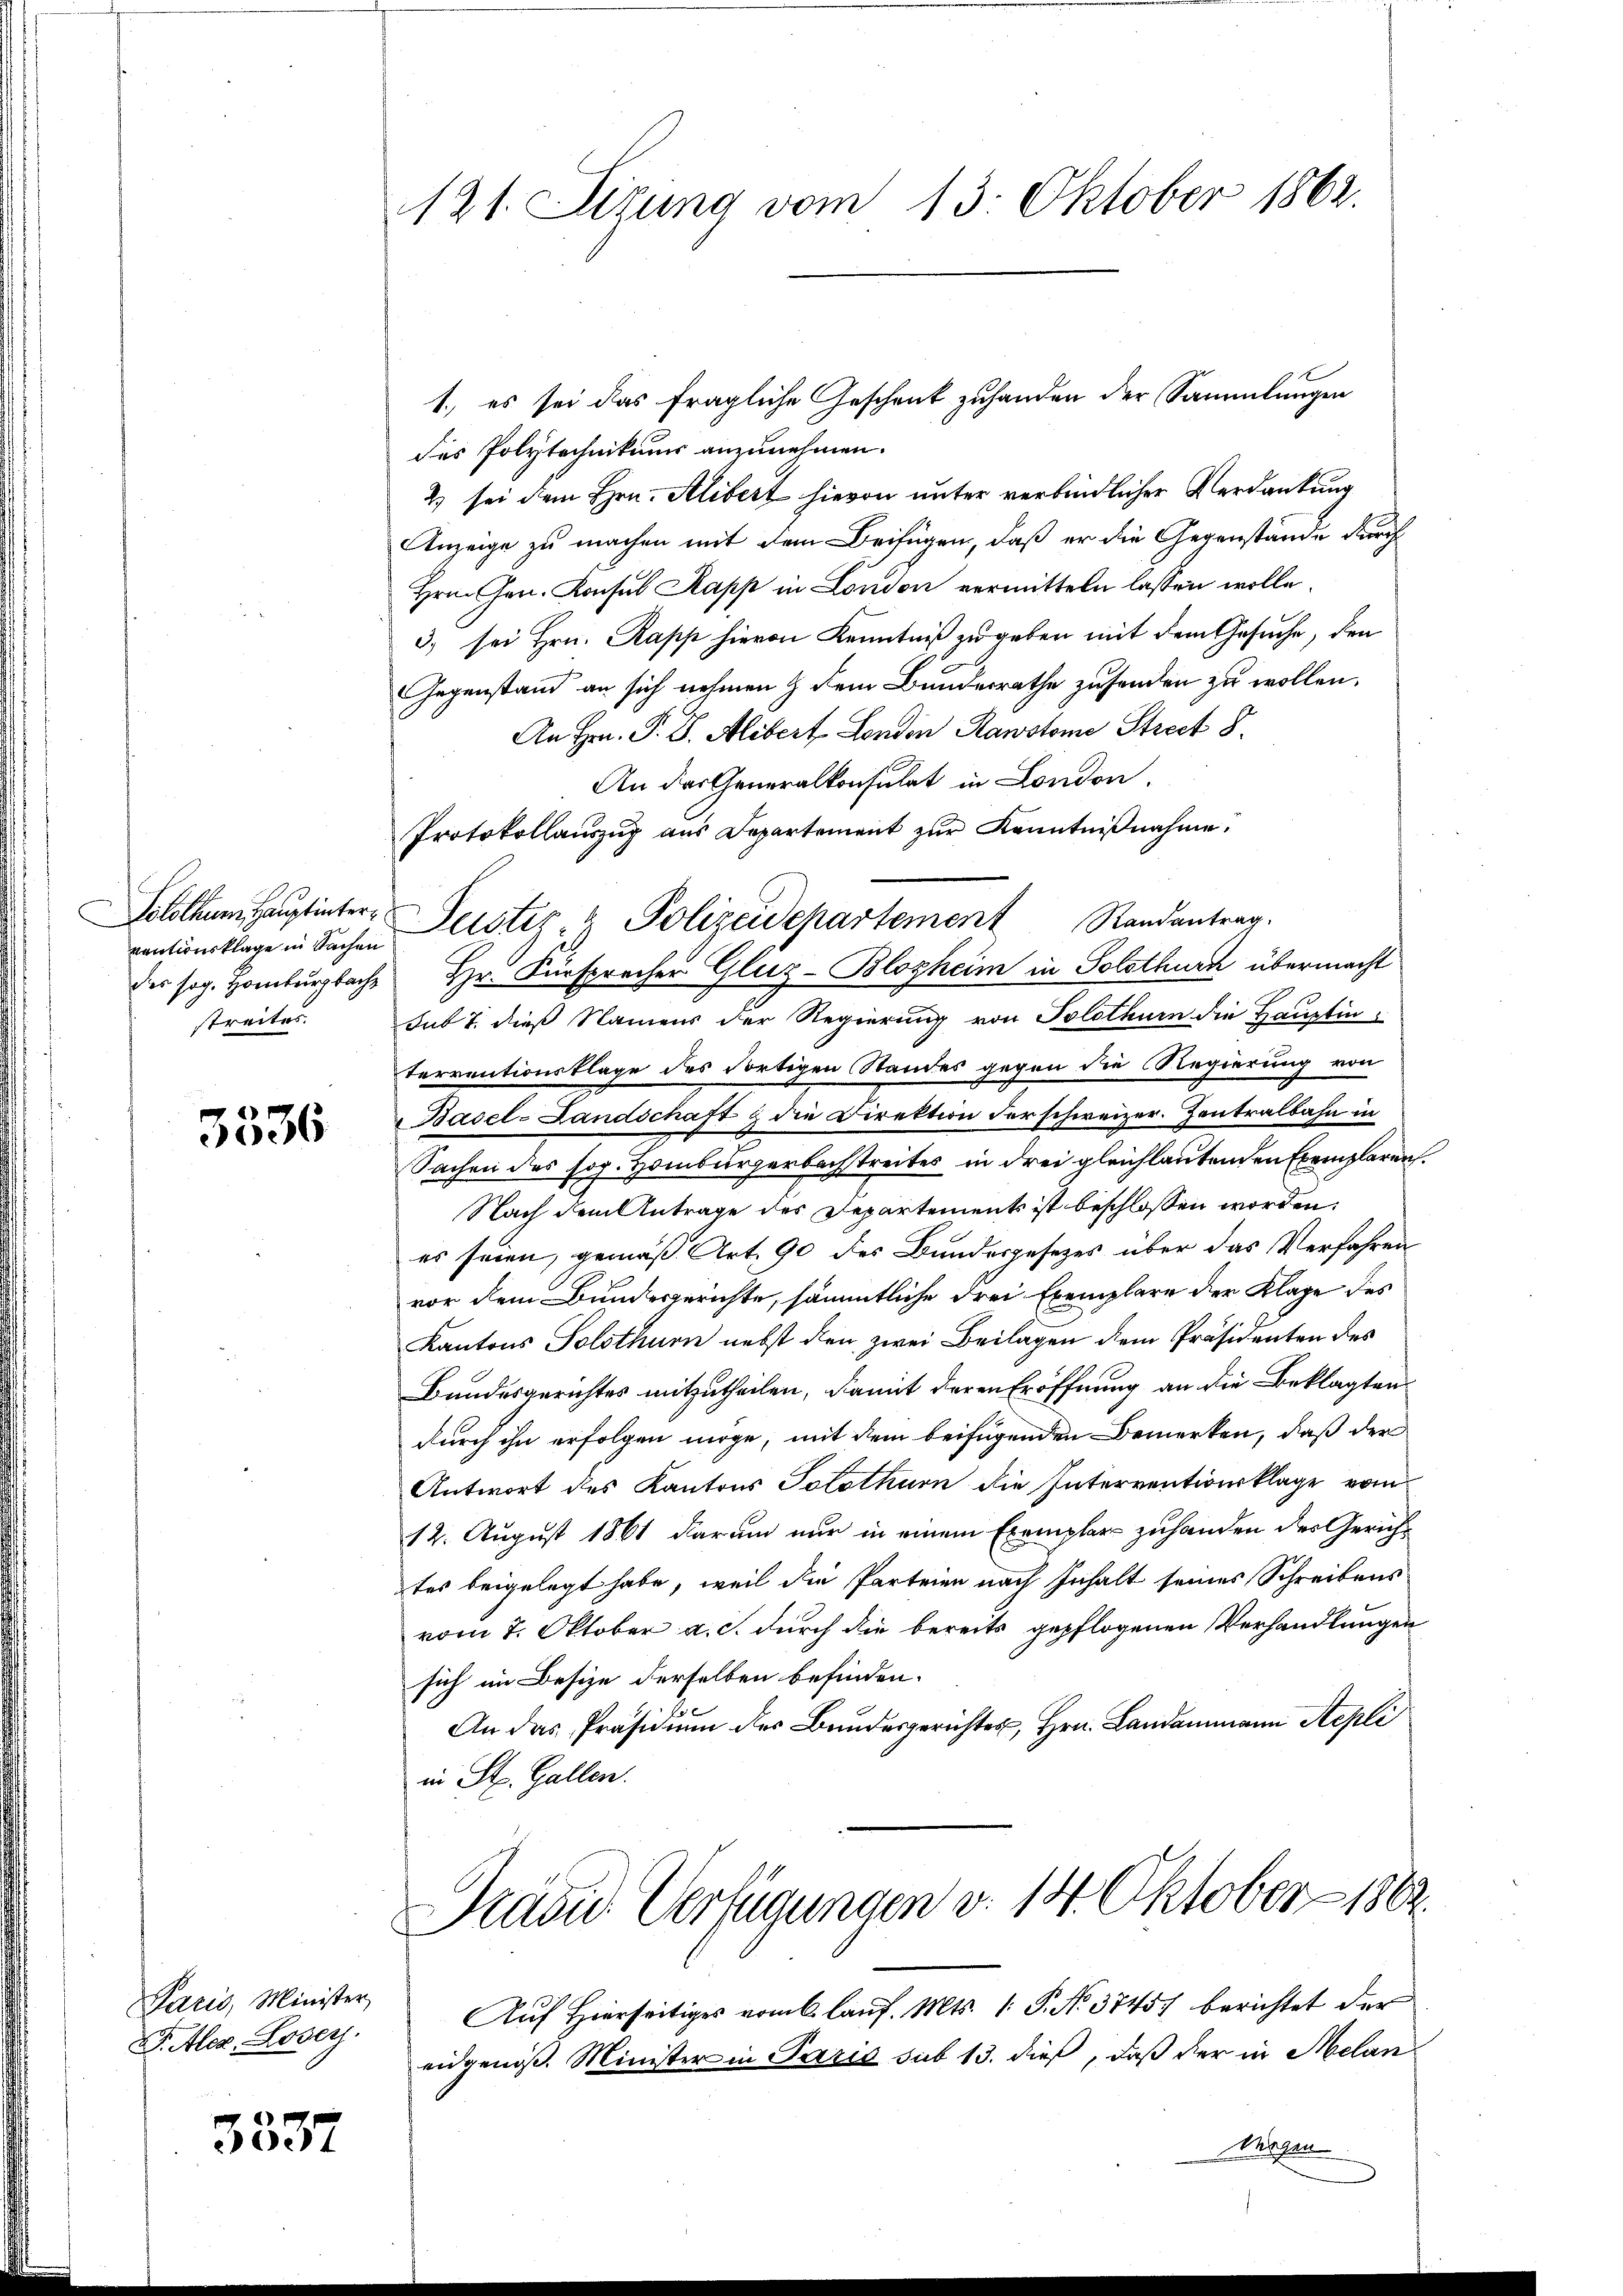
ventionsklage in Sachen
streites.

3336

Paris, Minister
F. Alex. Loser.

3337

121. Sizung vom 13. Oktober 1862.

1., es sei das fragliche Geschenk zuhanden der Sammlungen
des Polytechnikums anzunehmen.
2) sei dem Hrn. Alibert hievon unter verbindlicher Verdankung
Anzeige zu machen mit dem Beifügen, daß er die Gegenstände durch
Hrn. Gen. Konsul Kapp in London vermitteln lassen wolle.
3) sei Hrn. Rapp hievon Kenntniß zu geben mit dem Gesuche, den
Gegenstand an sich nehmen & dem Bundesrathe zusenden zu wollen.
An Hrn. P. G. Alibert London Rawstome Streck 8.
An das Generalkonsulat in London.
der sog. Homburgbach Hr. Fürspracher Gluz-Blozheim in Solothurn übermacht
sub 7. dieß Namens der Regierung von Solothurn die Hauptin-
terrentionsklage des dortigen Standes gegen die Regierung von
Basel-Landschaft & die Direktion der schweizer. Zentralbahn in
Sachen des sog. Homburgerbachstreites in drei gleichlautenden Exemplaren.
Nach dem Antrage des Departements ist beschlossen worden.
es seien, gemäß Art. 90 des Bundesgesezes über das Verfahren
vor dem Bundesgerichte, sämmtliche drei Exemplare der Klage des
Kantons Solothurn nebst den zwei Beilagen dem Präsidenten des
Bundesgerichtes mitzutheilen, damit deren Eröffnung an die Beklagten
durch ihn erfolgen möge, mit dem beifügenden Bemerken, daß der
Antwort des Kantons Solothurn die Interventwurklage vom
12. August 1861 darum nur in einem Exemplar zuhanden der Gericht
tes beigelegt habe, weil die Parteien nach Inhalt seines Schreibens
vom 7. Oktober a. c. durch die bereits gepflogenen Verhandlungen
sich im Besize derselben befinden.
An das Präsidiŭm der Bundesgerichter, Hrn. Landammann Aepli
in St. Gallen.

Protokollauszug aus Departement zŭr Kenntniβnahme.
Solothum Hauptinter Leister u. Polizeidepartement Randantrag.

Präsid. Verfügungen v. 14. Oktober 1862.

Auf Hierseitiges vom 6. lauf. Mts. 1. P. N. 3745) berichtet der
eidgenoß. Minister in Paris sub 13. dieß, daß der in Melan
Wirgen